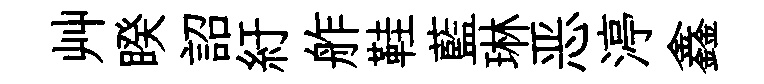
艸睽詔紆舴鞋藍琳恶渟鑫